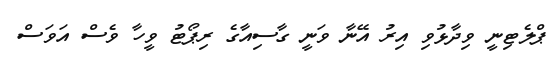
ޕްލެޓިނީ ވިދާޅުވި އިރު އޭނާ ވަނީ ގާސިއާގެ ރިޕޯޓު ވީހާ ވެސް އަވަސް